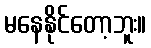
မနေနိုင်တော့ဘူး။